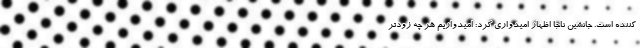
کننده است. جانشین ناجا اظهار امیدواری کرد: امیدواریم هر چه زودتر